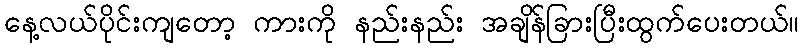
နေ့လယ်ပိုင်းကျတော့ ကားကို နည်းနည်း အချိန်ခြားပြီးထွက်ပေးတယ်။